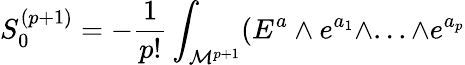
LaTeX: S_{0}^{(p+1)}=-{\frac{1}{p!}}\int_{{\cal{M}}^{p+1}}(E^{a}\wedge e^{a_{1}}\wedge...\wedge e^{a_{p}}